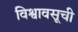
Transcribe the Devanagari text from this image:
विश्वावसूची